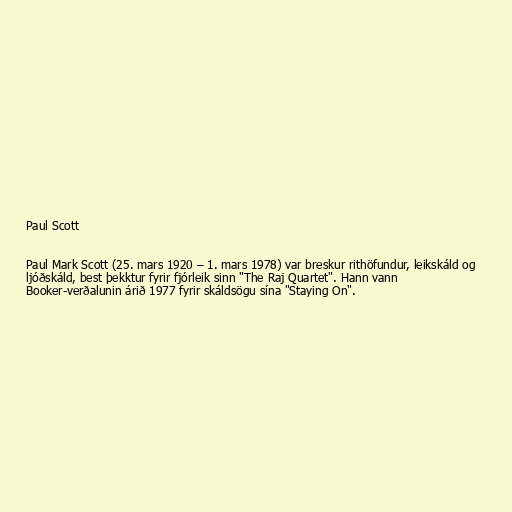
Paul Scott

Paul Mark Scott (25. mars 1920 – 1. mars 1978) var breskur rithöfundur, leikskáld og
ljóðskáld, best þekktur fyrir fjórleik sinn "The Raj Quartet". Hann vann
Booker-verðalunin árið 1977 fyrir skáldsögu sína "Staying On".